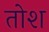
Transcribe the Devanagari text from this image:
तोश